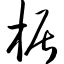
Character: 椐